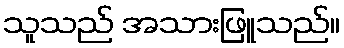
သူသည် အသားဖြူသည်။